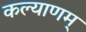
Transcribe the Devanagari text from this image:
कल्‍याणम्